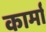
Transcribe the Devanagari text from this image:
कार्मां